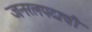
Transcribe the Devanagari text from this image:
जनरलपदाची